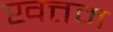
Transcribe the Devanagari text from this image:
खत्तम